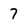
Character: 7